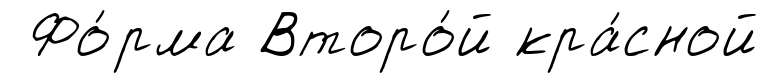
Фо́рма Второ́й кра́сной